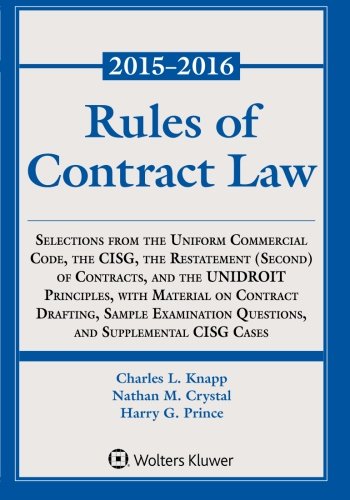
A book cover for Rules of Contract Law Statutory Supplement; Charles L. Knapp; Law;